65_HS1-834228961_62-HQ-83894_Serial_130
Agency: FBI
Page 45
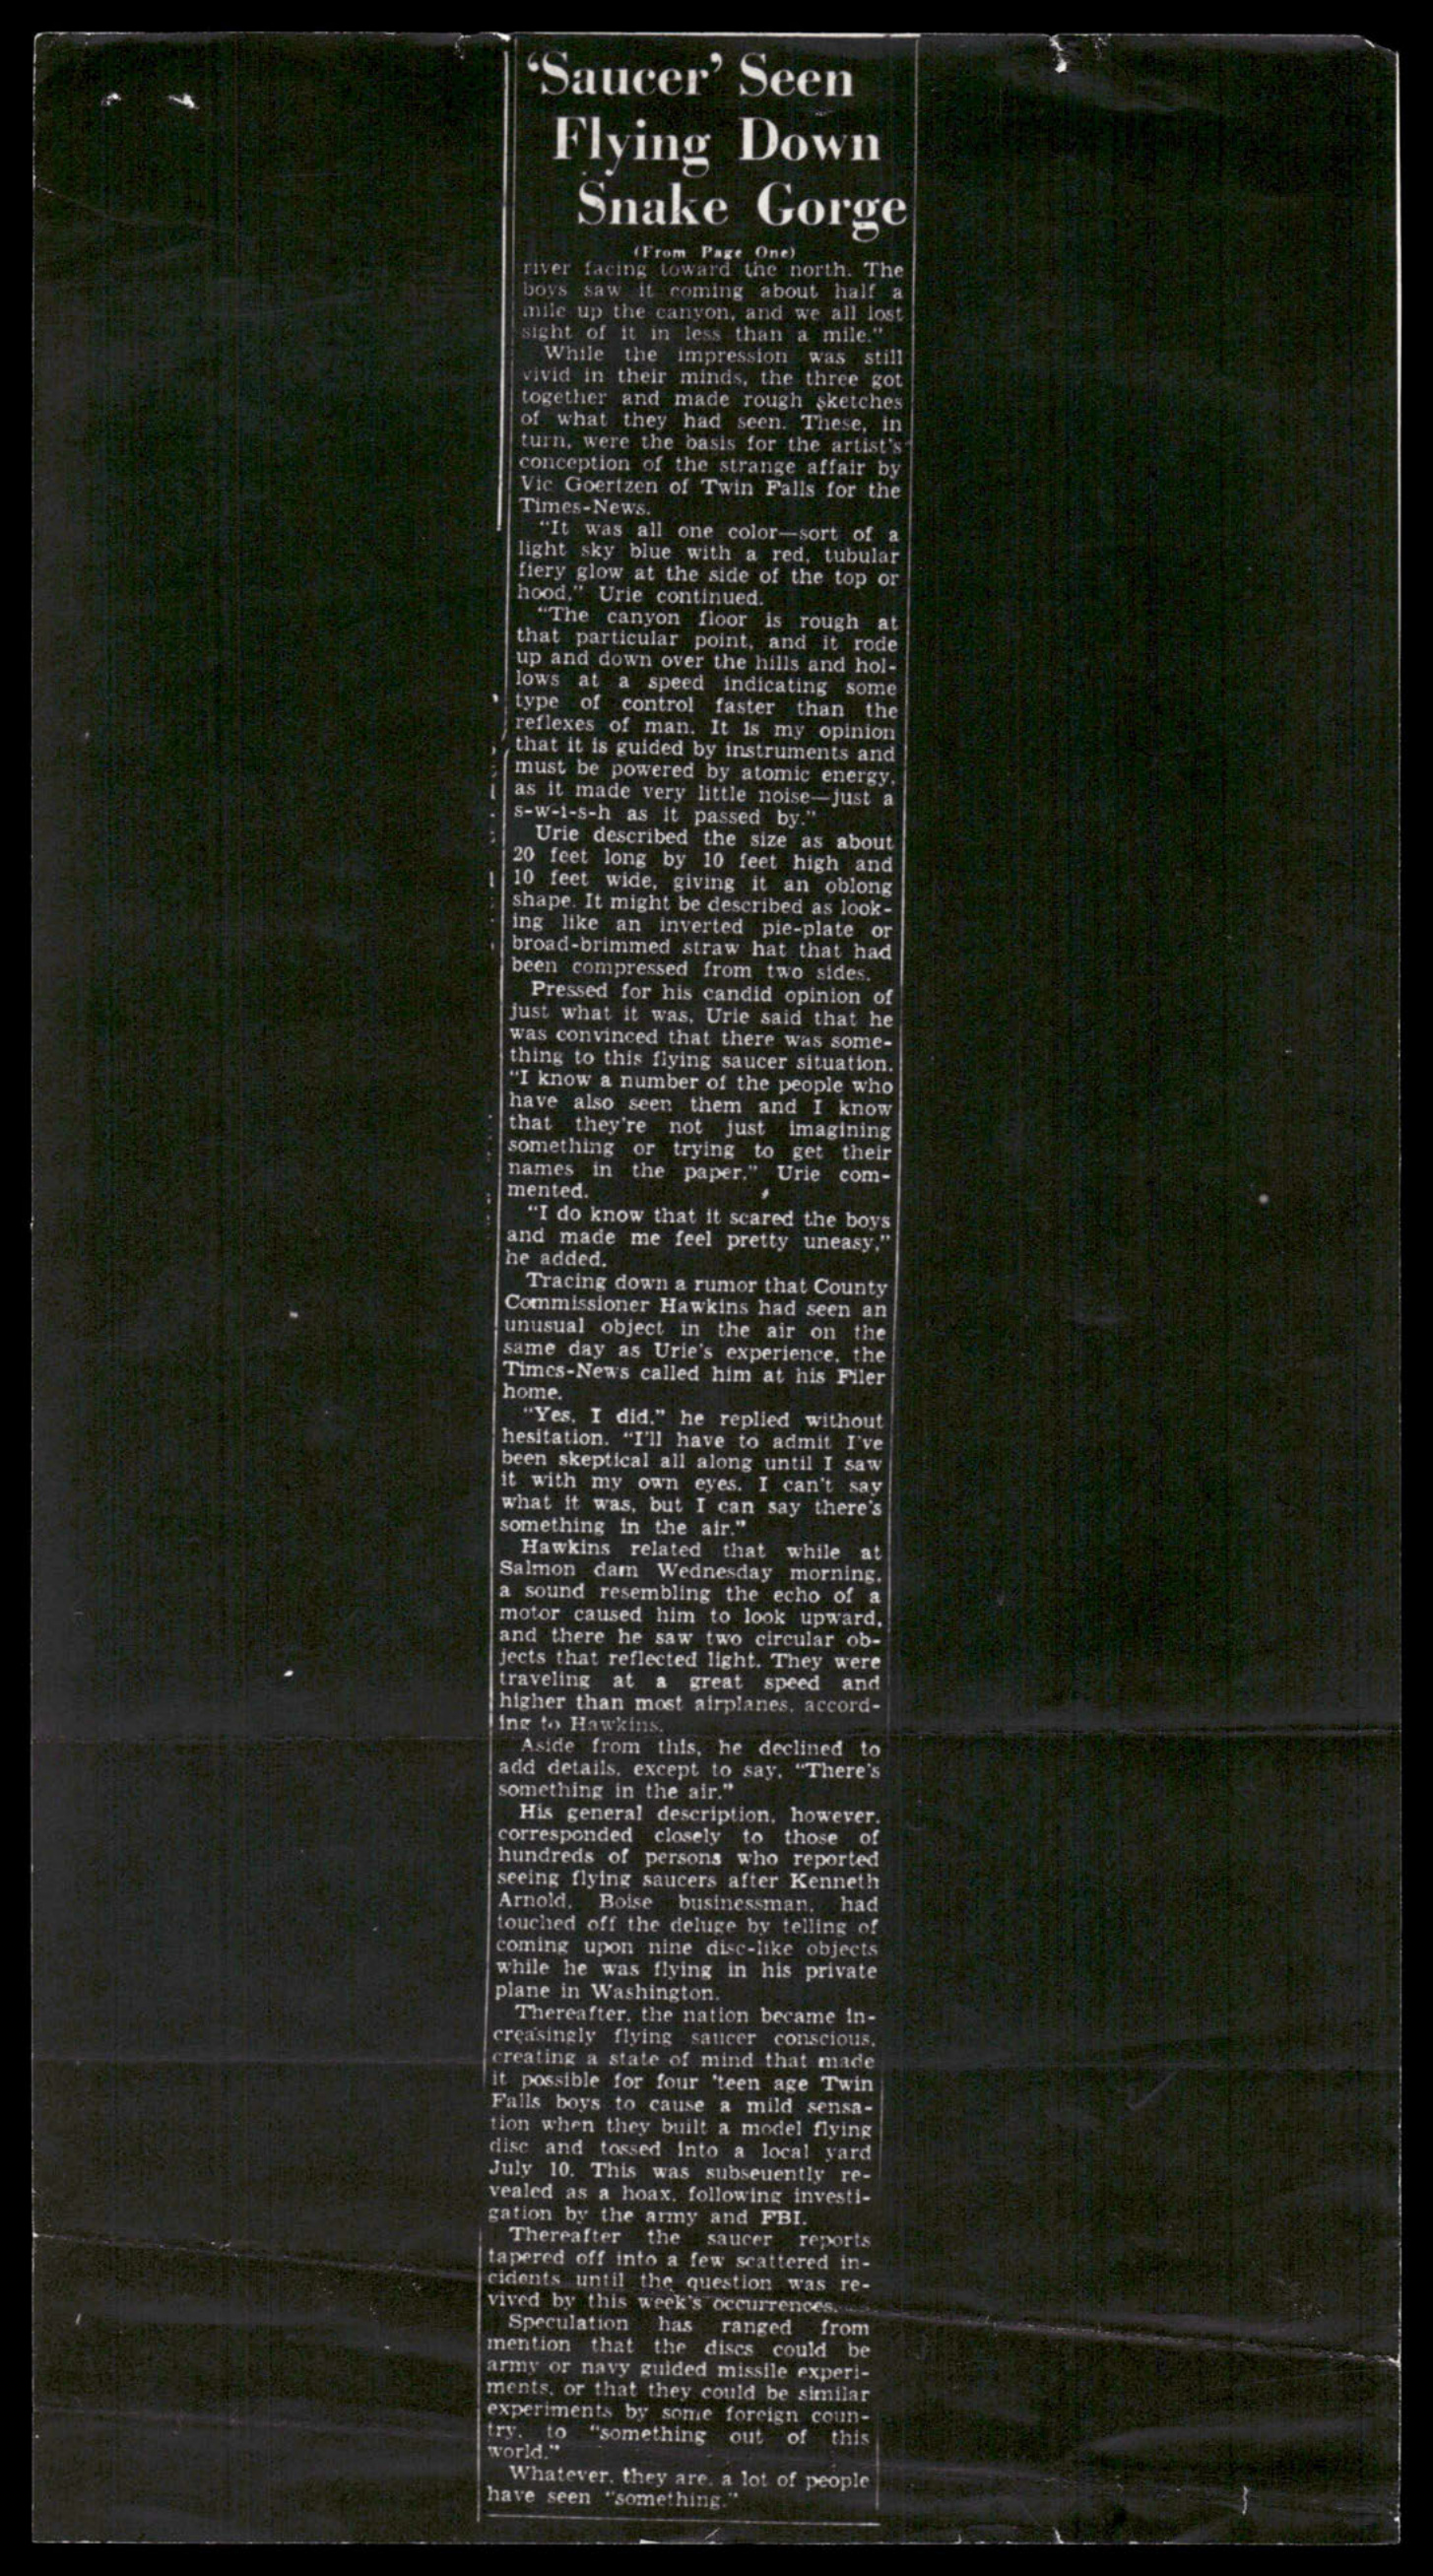